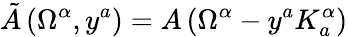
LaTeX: \tilde{A}\, (\Omega^{\alpha},y^{a})=A\, (\Omega^{\alpha}-y^{a}K_{a}^{\alpha})